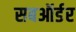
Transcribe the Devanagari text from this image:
सबऑर्डर